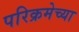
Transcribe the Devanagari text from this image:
परिक्रमेच्या